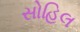
સોહિલ